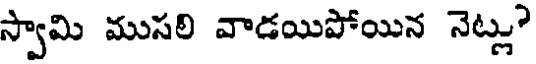
స్వామి ముసలి వాడయిపోయిన నెట్లు?